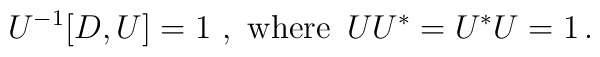
U^{-1} [D,U] =1 \ , \ \hbox{where}\,  \ UU^* = U^* U =1 \, .